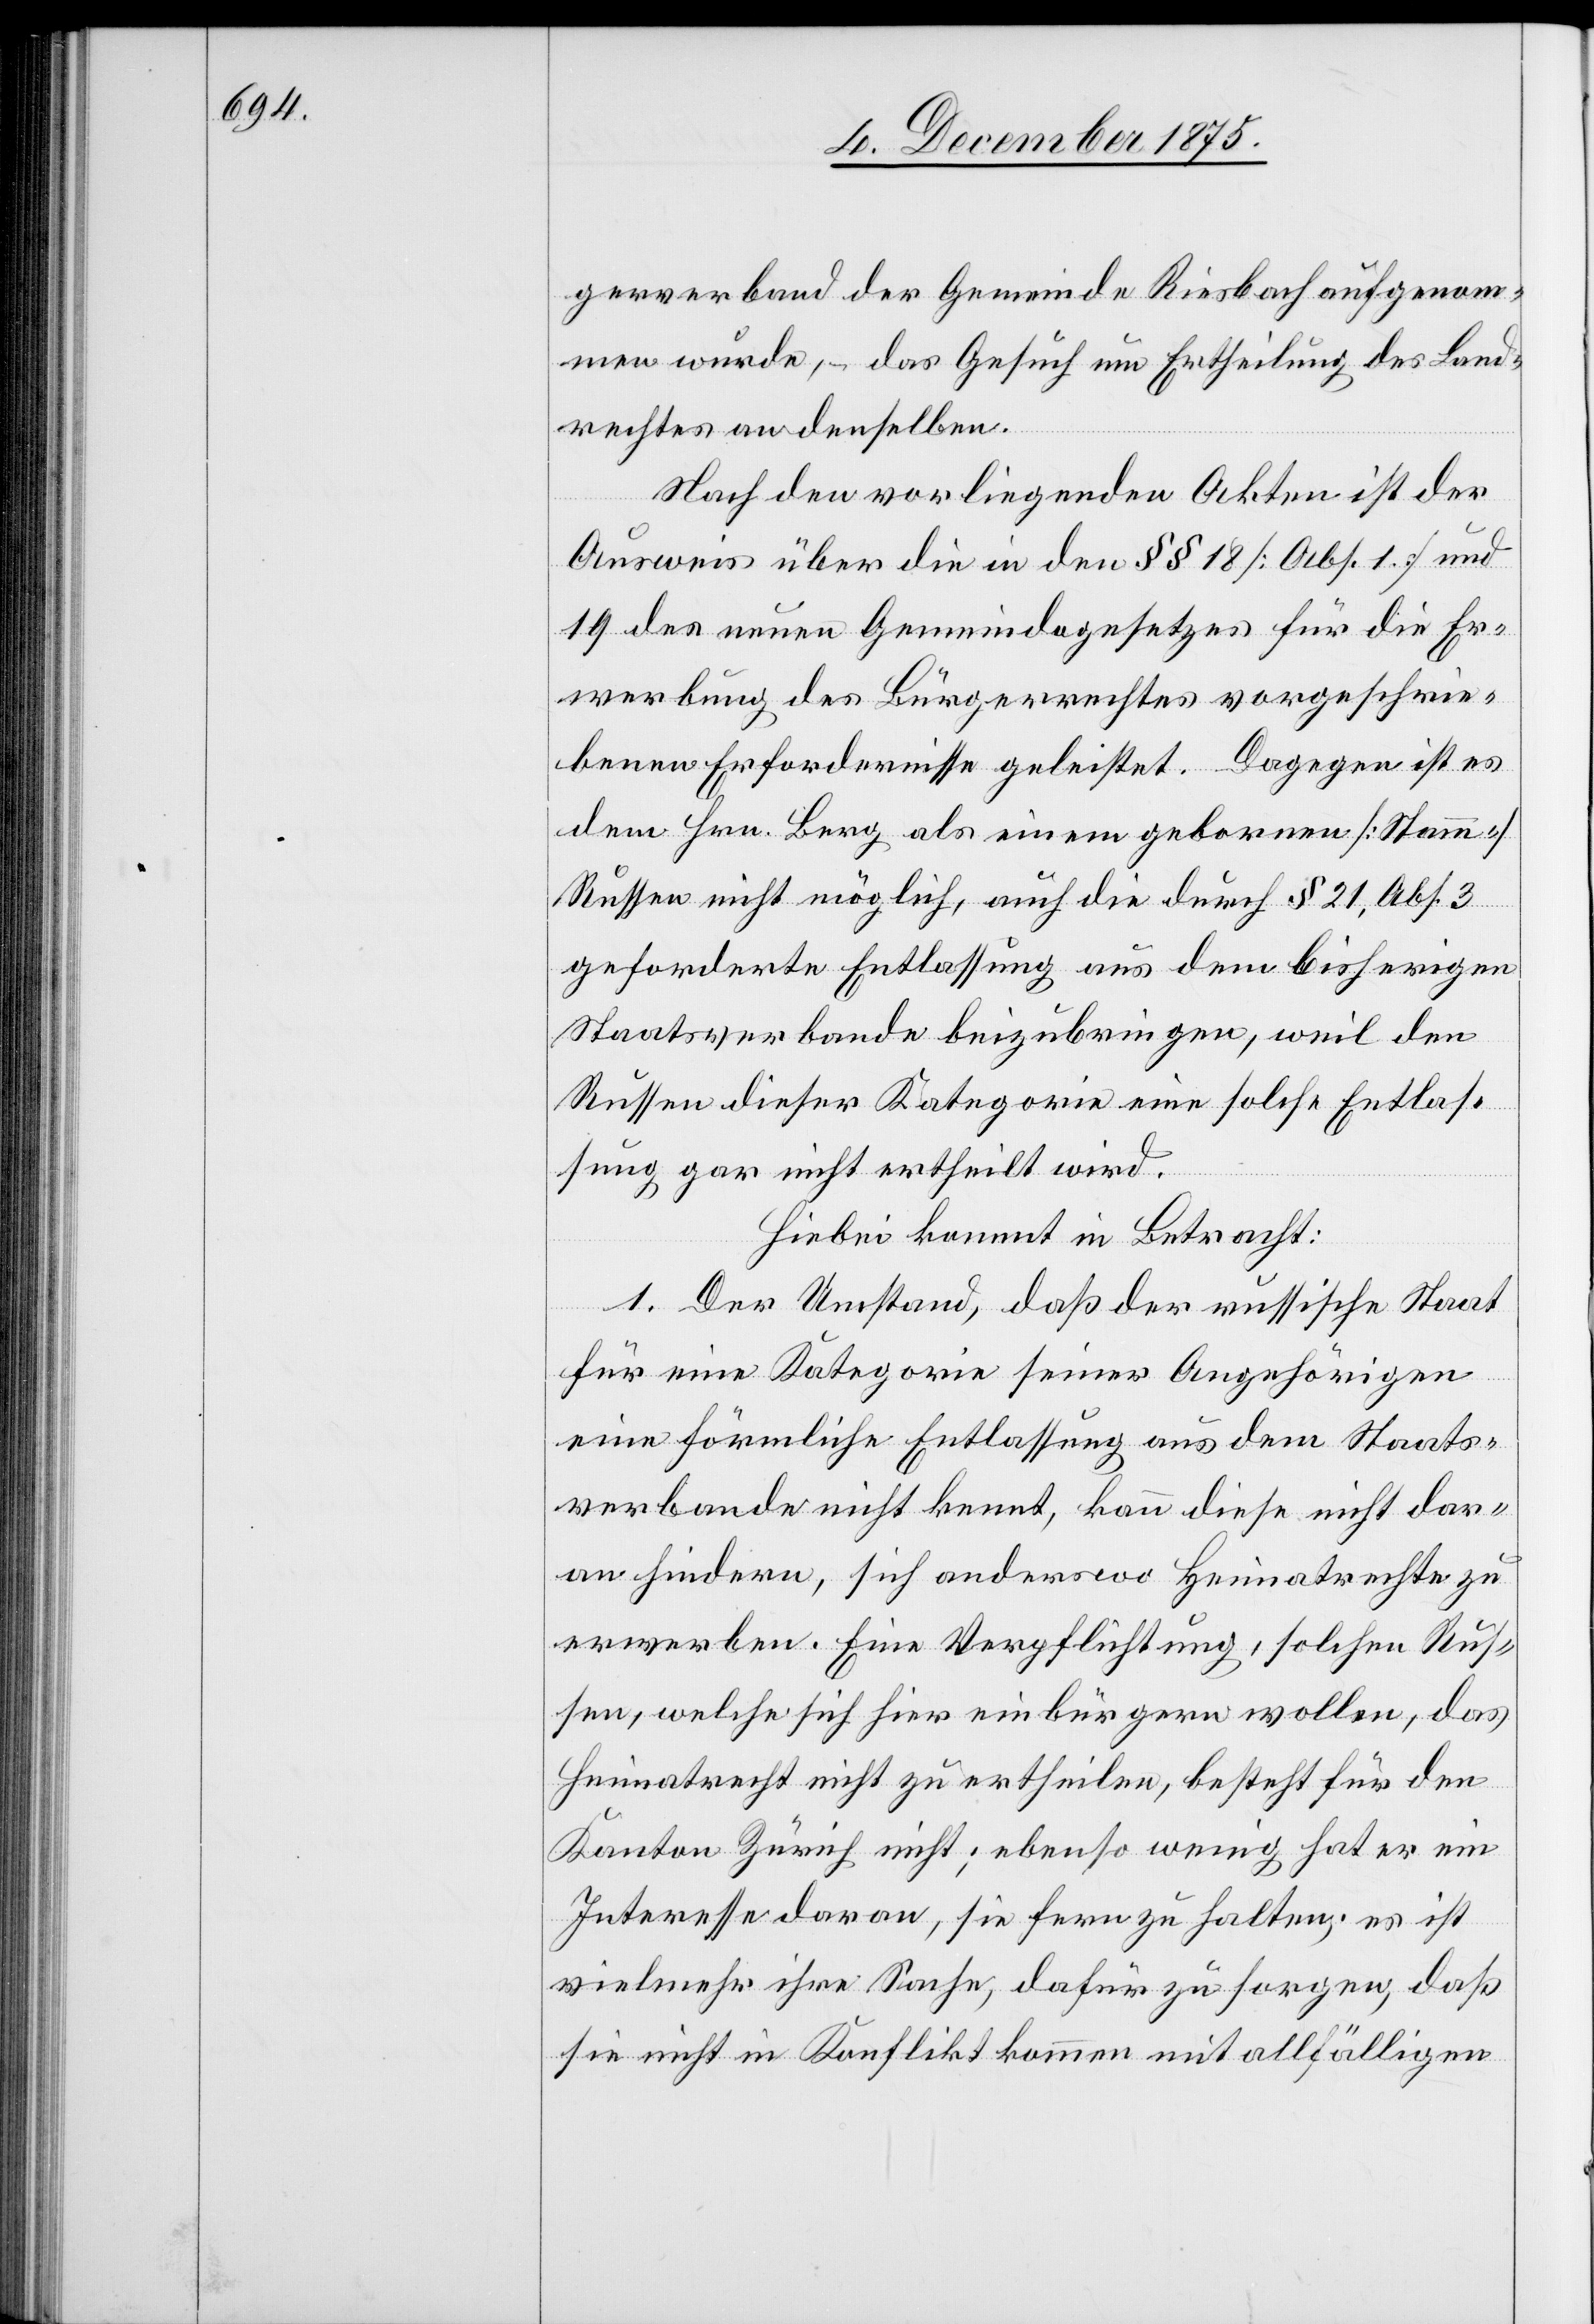
gerverband der Gemeinde Riesbach aufgenom¬
men wurde, – das Gesuch um Ertheilung des Land¬
rechtes an denselben.
Nach den vorliegenden Akten ist der
Ausweis über die in den §§ 18 [Abs. 1] und
19 des neuen Gemeindegesetzes für die Er¬
werbung des Bürgerrechtes vorgeschrie¬
benen Erfordernisse geleistet. Dagegen ist es
dem Hrn. Berg als einem gebornen [Stamm-]
Russen nicht möglich, auch die durch § 21, Abs. 3
geforderte Entlassung aus dem bisherigen
Staatsverbande beizubringen, weil den
Russen dieser Kategorie eine solche Entlas¬
sung gar nicht ertheilt wird.
Hiebei kommt in Betracht:
1. Der Umstand, daß der russische Staat
für eine Kategorie seiner Angehörigen
eine förmliche Entlassung aus dem Staats¬
verbande nicht kennt, kann diese nicht dar¬
an hindern, sich anderswo Heimatrechte zu
erwerben. Eine Verpflichtung, solchen Rus¬
sen, welche sich hier einbürgern wollen, das
Heimatrecht nicht zu ertheilen, besteht für den
Kanton Zürich nicht; ebenso wenig hat er ein
Interesse daran, sie fern zu halten; es ist
vielmehr ihre Sache, dafür zu sorgen, daß
sie nicht in Konflikt kommen mit allfälligen